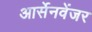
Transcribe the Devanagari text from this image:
आर्सेनवेंजर